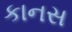
કાનસ